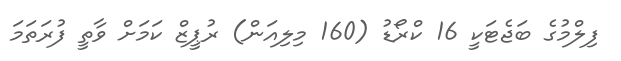
ފިލްމުގެ ބަޖެޓަކީ 16 ކްރޯޑު (160 މިލިއަން) ރުޕީޒް ކަމަށް ވާތީ ފުރަތަމަ